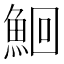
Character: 鮰